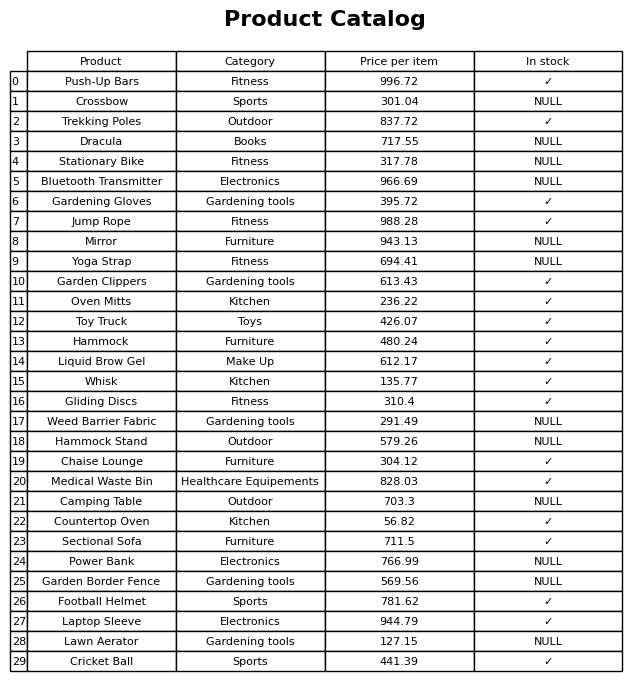
question: What is the price for Power Bank?
answer: The price of Power Bank is 766.99.